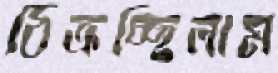
ঠিক্‌রচ্ছিলাম